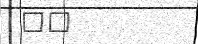
٢٩